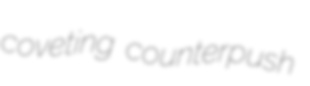
coveting counterpush